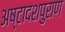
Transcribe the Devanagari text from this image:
अष्टादशपुराण